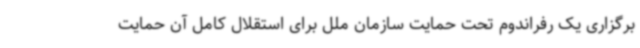
برگزاری یک رفراندوم تحت حمایت سازمان ملل برای استقلال کامل آن حمایت